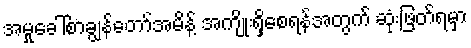
အမှုခေါ်စာချွန်တော်အမိန့် အကျိုးရှိစေရန်အတွက် ဆုံးဖြတ်ရမှာ